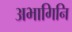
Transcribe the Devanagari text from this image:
अभागिनि